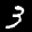
Label: 3